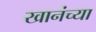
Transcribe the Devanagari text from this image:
खानंच्या